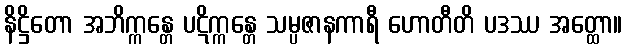
နိဋ္ဌိတော အဘိက္ကန္တေ ပဋိက္ကန္တေ သမ္ပဇာနကာရီ ဟောတီတိ ပဒဿ အတ္ထော။